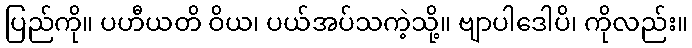
ပြည်ကို။ ပဟီယတိ ဝိယ၊ ပယ်အပ်သကဲ့သို့။ ဗျာပါဒေါပိ၊ ကိုလည်း။